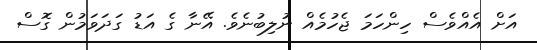
އަށް އެއްވެސް ހިންހަމަ ޖެހުމެއް ނުލިބުނެވެ. އޭނާ ގެ އަޑު ގަދަވަމުން ގޮސް